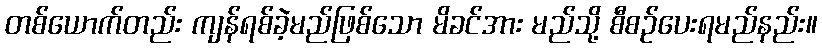
တစ်ယောက်တည်း ကျန်ရစ်ခဲ့မည်ဖြစ်သော မိခင်အား မည်သို့ စီစဉ်ပေးရမည်နည်း။